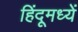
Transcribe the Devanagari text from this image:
हिंदूमध्यें